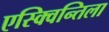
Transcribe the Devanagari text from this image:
एस्क्विन्तिला